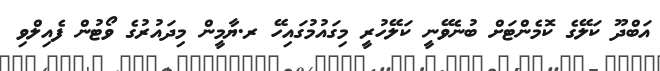
އަބްދޫ ކަލޭގެ ކޮމެންޓަށް ބުނެވޭނީ ކަލޭހުރީ މިގައުމުގައިހޭ ރ.ޔާމީން މިދައުރުގެ ވޯޓުން ފެއިލްވި